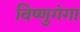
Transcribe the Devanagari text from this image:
विष्णुगंगा